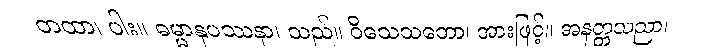
တထာ၊ ပါး။ ဓမ္မာနုပဿနာ၊ သည်။ ဝိသေသတော၊ အားဖြင့်။ အနတ္တသညာ၊